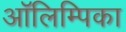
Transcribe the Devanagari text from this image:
ऑलिम्पिका